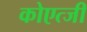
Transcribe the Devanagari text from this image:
कोएत्जी